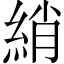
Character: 綃